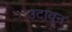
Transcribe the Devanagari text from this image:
उटावून